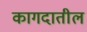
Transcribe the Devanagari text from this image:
कागदातील